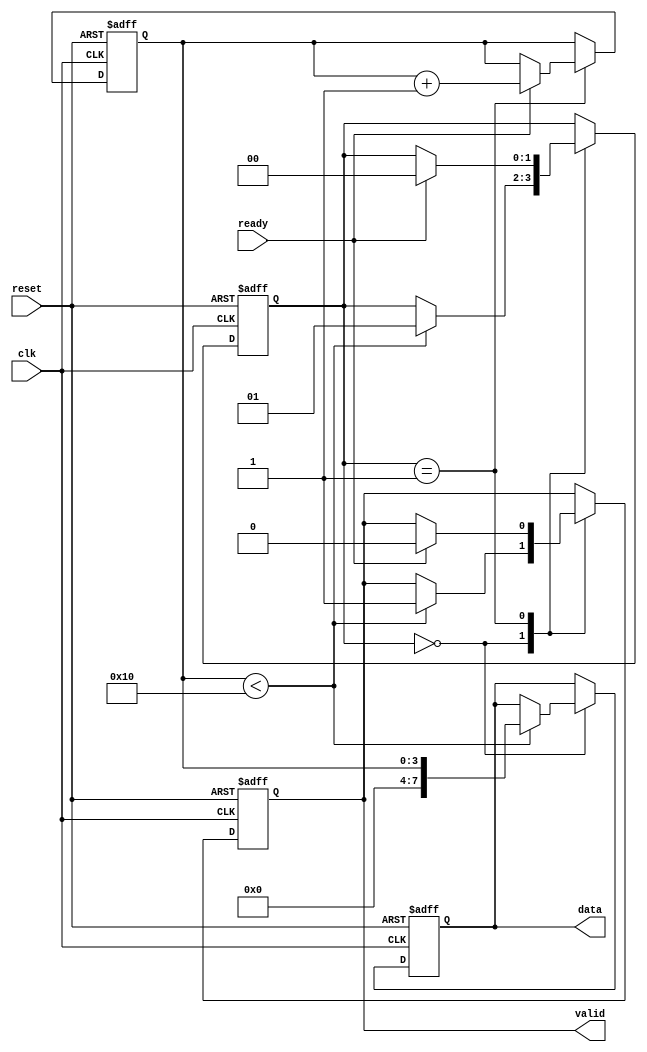
module producer (
    input wire clk,
    input wire reset,
    output reg valid,
    output reg [7:0] data, // Assuming 8-bit data bus
    input wire ready
);

    // State for producer
    reg [1:0] state;
    localparam IDLE = 2'b00;
    localparam SEND = 2'b01;

    // Counter for data generation (or any other logic to generate data)
    reg [3:0] data_counter;

    always @(posedge clk or posedge reset) begin
        if (reset) begin
            state <= IDLE;
            valid <= 0;
            data_counter <= 0;
            data <= 0;
        end else begin
            case (state)
                IDLE: begin
                    if (data_counter < 16) begin // Example condition to generate data
                        data <= data_counter; // Generate new data
                        valid <= 1; // Assert valid signal
                        state <= SEND; // Move to send state
                    end
                end
                SEND: begin
                    if (ready) begin
                        valid <= 0; // De-assert valid signal after data is sent
                        data_counter <= data_counter + 1; // Increment data counter
                        state <= IDLE; // Go back to idle state
                    end
                end
            endcase
        end
    end
endmodule